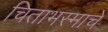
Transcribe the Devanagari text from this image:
चिताभस्माचे